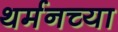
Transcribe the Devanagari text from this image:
थर्मनच्या